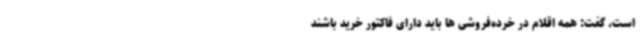
است، گفت: همه اقلام در خرده‌فروشی ها باید دارای فاکتور خرید باشند